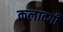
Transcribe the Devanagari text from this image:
कलादगी